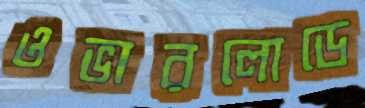
ওভারলোডে